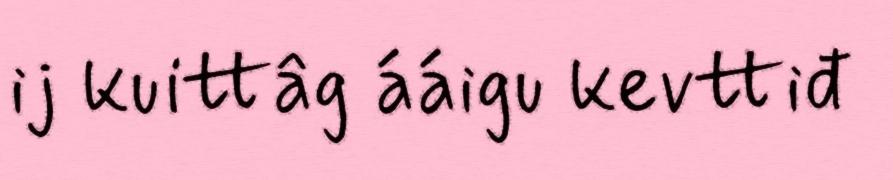
ij kuittâg ááigu kevttiđ